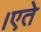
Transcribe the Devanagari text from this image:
।एते